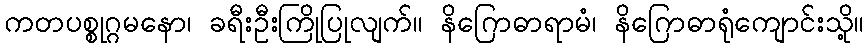
ကတပစ္စုဂ္ဂမနော၊ ခရီးဦးကြိုပြုလျက်။ နိဂြောဓာရာမံ၊ နိဂြောဓာရုံကျောင်းသို့။